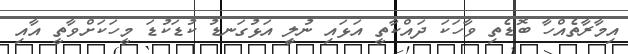
އިމާރާތެއްހާ ބޮޑެތި ވާހަކަ ދައްކާތީ އަޅައި ނުލިީ އަޅުގަނޑު ކުޑަކުޑަ މީހަކަށްވާތީ އާއި